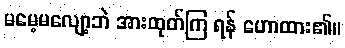
မမေ့မလျော့ဘဲ အားထုတ်ကြ ရန် ဟောထား၏။